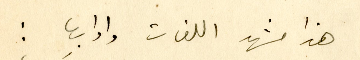
هذا مشهد اللغات وادابِها :